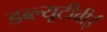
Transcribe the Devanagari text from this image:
डब्ल्यूटीवीई